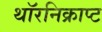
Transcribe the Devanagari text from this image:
थॉरनिक्राप्ट